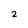
Character: 2